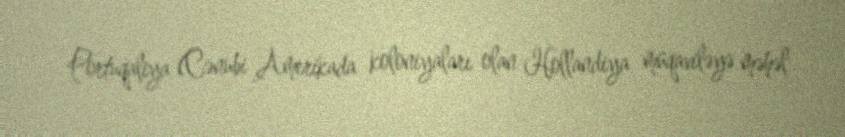
Portuqaliya (Cənubi Amerikada koloniyaları olan Hollandiya müqaviləyə məhəl